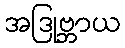
အဒြုဗ္ဘာယ